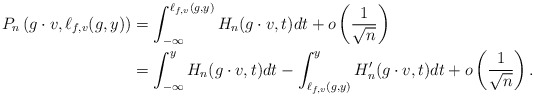
\begin{align*}P_{n} \left(g \cdot v, \ell_{f,v}(g,y) \right)& = \int_{- \infty}^{\ell_{f,v}(g,y)} H_n(g \cdot v, t) dt + o \left( \frac{ 1 }{\sqrt{n}} \right) \\& = \int_{- \infty}^{y} H_n(g \cdot v, t) dt - \int_{\ell_{f,v}(g,y)}^{y} H_n'(g \cdot v, t) dt + o \left( \frac{ 1 }{\sqrt{n}} \right). \end{align*}